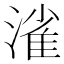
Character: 𣼎